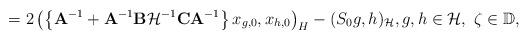
LaTeX: \begin{align*}= 2\left( \left\{\mathbf{A}^{-1} + \mathbf{A}^{-1} \mathbf{B} \mathcal{H}^{-1} \mathbf{C} \mathbf{A}^{-1}\right\} x_{g,0}, x_{h,0}\right)_H-(S_0 g,h)_{\mathcal{H}},g,h\in\mathcal{H},\ \zeta\in \mathbb{D},\end{align*}